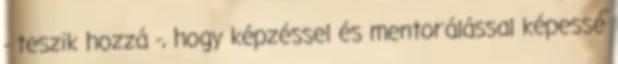
- teszik hozzá -, hogy képzéssel és mentorálással képessé